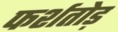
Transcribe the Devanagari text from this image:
फर्शतोड़